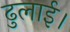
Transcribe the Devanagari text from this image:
ढुलाई।